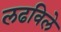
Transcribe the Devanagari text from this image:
लढविले